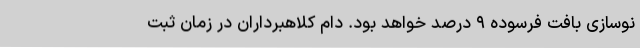
نوسازی بافت فرسوده ۹ درصد خواهد بود. دام کلاهبرداران در زمان ثبت‌